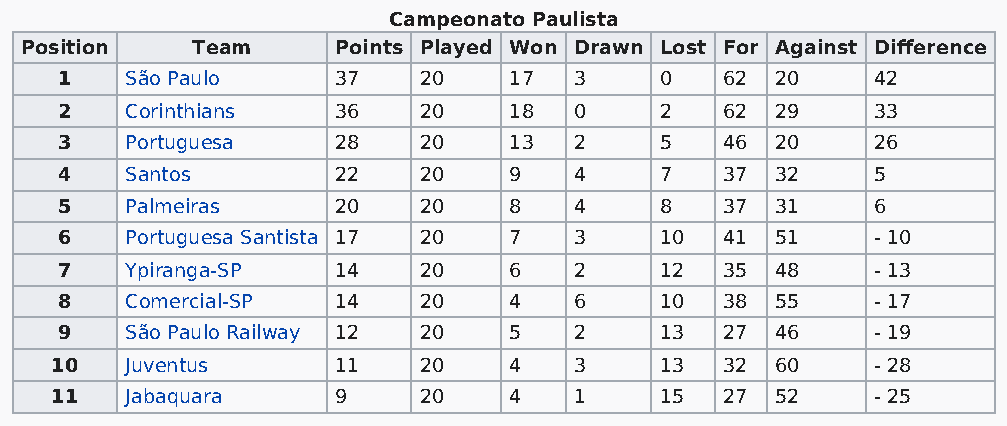
Campeonato Paulista
 Position    Team     Points Played Won Drawn Lost For Against Difference
 1   São Paulo     37    20    17  3     0   62 20     42
 2   Corinthians   36    20    18  0     2   62 29     33
 3   Portuguesa    28    20    13  2     5   46 20     26
 4   Santos        22    20    9   4     7   37 32     5
 5   Palmeiras     20    20    8   4     8   37 31     6
 6   Portuguesa Santista 17 20 7   3     10  41 51     - 10
 7   Ypiranga-SP   14    20    6   2     12  35 48     - 13
 8   Comercial-SP  14    20    4   6     10  38 55     - 17
 9   São Paulo Railway 12 20   5   2     13  27 46     - 19
 10   Juventus      11    20    4   3     13  32 60     - 28
 11   Jabaquara     9     20    4   1     15  27 52     - 25